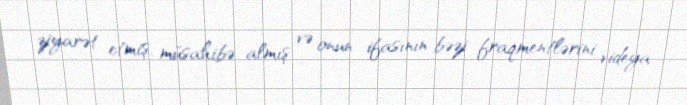
ziyarət etmiş, müsahibə almış və onun ifasının bəzi fraqmentlərini videya